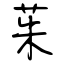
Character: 茱